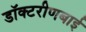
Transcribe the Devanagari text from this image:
डॉक्टरीणबाई